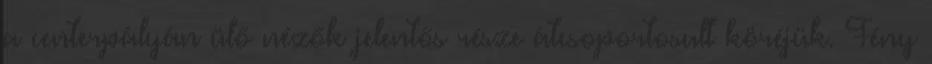
a centerpályán ülő nézők jelentős része átcsoportosult köréjük. Fény